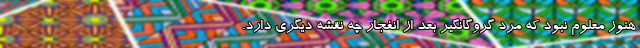
هنوز معلوم نبود که مرد گروگانگیر بعد از انفجار چه نقشه دیگری دارد.